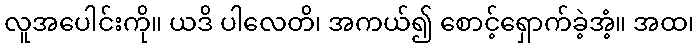
လူအပေါင်းကို။ ယဒိ ပါလေတိ၊ အကယ်၍ စောင့်ရှောက်ခဲ့အံ့။ အထ၊